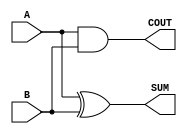
module Parameterized_Half_Adder #(
    parameter WIDTH = 1  // Default value is 1
)(
    input  [WIDTH-1:0] A,  // First operand
    input  [WIDTH-1:0] B,  // Second operand
    output [WIDTH-1:0] SUM, // Sum output
    output COUT            // Carry output
);

// Generate the SUM output by performing bitwise XOR on A and B
assign SUM = A ^ B;

// Generate the COUT output by performing bitwise AND on A and B
assign COUT = |(A & B); // Carry-out is high if any bit position has a carry

endmodule